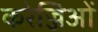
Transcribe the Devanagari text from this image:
करेज्जिओं